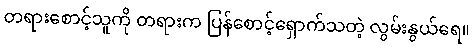
တရားစောင့်သူကို တရားက ပြန်စောင့်ရှောက်သတဲ့ လွမ်းနွယ်ရေ။